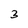
Character: 3